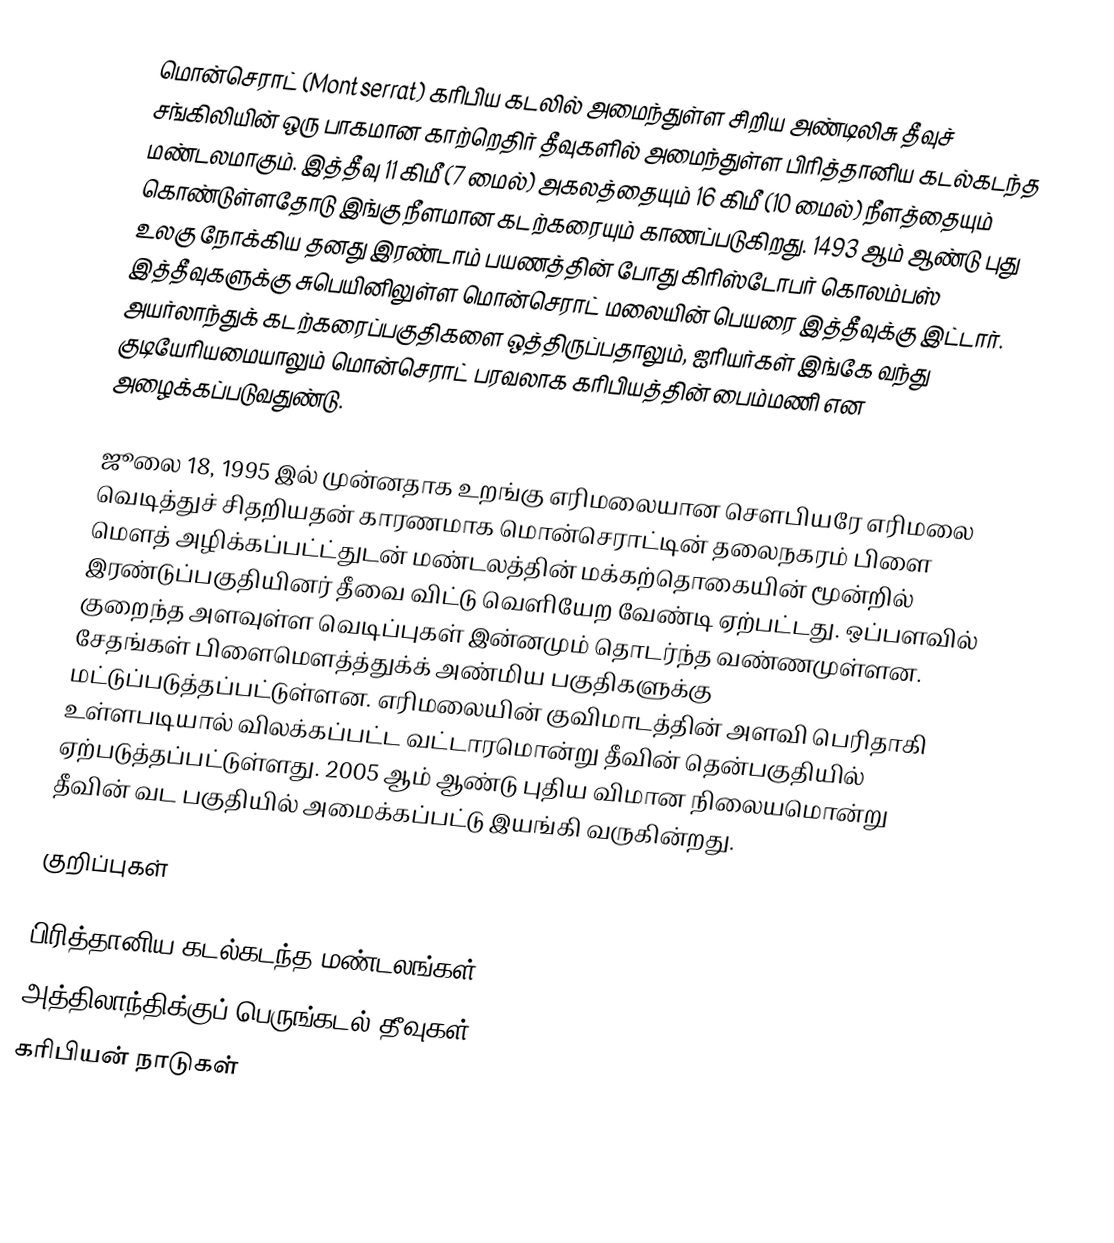
மொன்செராட் (Montserrat) கரிபிய கடலில் அமைந்துள்ள சிறிய அண்டிலிசு தீவுச் சங்கிலியின் ஒரு பாகமான காற்றெதிர் தீவுகளில் அமைந்துள்ள பிரித்தானிய கடல்கடந்த மண்டலமாகும். இத்தீவு 11 கிமீ (7 மைல்) அகலத்தையும் 16 கிமீ (10 மைல்) நீளத்தையும் கொண்டுள்ளதோடு இங்கு  நீளமான கடற்கரையும் காணப்படுகிறது. 1493 ஆம் ஆண்டு புது உலகு நோக்கிய தனது இரண்டாம் பயணத்தின் போது கிரிஸ்டோபர் கொலம்பஸ் இத்தீவுகளுக்கு சுபெயினிலுள்ள மொன்செராட் மலையின் பெயரை இத்தீவுக்கு இட்டார். அயர்லாந்துக் கடற்கரைப்பகுதிகளை ஒத்திருப்பதாலும், ஐரியர்கள் இங்கே வந்து குடியேரியமையாலும்   மொன்செராட் பரவலாக  கரிபியத்தின் பைம்மணி என அழைக்கப்படுவதுண்டு.

ஜூலை 18, 1995 இல் முன்னதாக உறங்கு எரிமலையான  சௌபியரே எரிமலை வெடித்துச் சிதறியதன் காரணமாக மொன்செராட்டின் தலைநகரம் பிளை மௌத் அழிக்கப்பட்ட்துடன் மண்டலத்தின் மக்கற்தொகையின் மூன்றில் இரண்டுப்பகுதியினர் தீவை விட்டு வெளியேற வேண்டி ஏற்பட்டது. ஒப்பளவில் குறைந்த அளவுள்ள வெடிப்புகள் இன்னமும் தொடர்ந்த வண்ணமுள்ளன. சேதங்கள் பிளைமௌத்த்துக்க் அண்மிய பகுதிகளுக்கு மட்டுப்படுத்தப்பட்டுள்ளன. எரிமலையின் குவிமாடத்தின் அளவி பெரிதாகி உள்ளபடியால் விலக்கப்பட்ட வட்டாரமொன்று தீவின் தென்பகுதியில் ஏற்படுத்தப்பட்டுள்ளது. 2005 ஆம் ஆண்டு புதிய விமான நிலையமொன்று தீவின் வட பகுதியில் அமைக்கப்பட்டு இயங்கி வருகின்றது.

குறிப்புகள்

பிரித்தானிய கடல்கடந்த மண்டலங்கள்
அத்திலாந்திக்குப் பெருங்கடல் தீவுகள்
கரிபியன் நாடுகள்